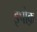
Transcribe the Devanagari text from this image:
इपोक़